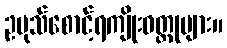
ဥပုသ်စောင့်ရကျိုးဝတ္ထုများ။